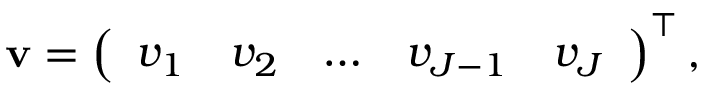
\mathbf { v } = \left( \begin{array} { l l l l l } { v _ { 1 } } & { v _ { 2 } } & { \dots } & { v _ { J - 1 } } & { v _ { J } } \end{array} \right) ^ { \top } ,